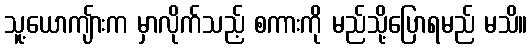
သူ့ယောကျ်ားက မှာလိုက်သည့် စကားကို မည်သို့ပြောရမည် မသိ။